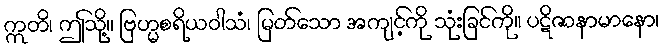
ဣတိ၊ ဤသို့။ ဗြဟ္မစရိယဝါသံ၊ မြတ်သော အကျင့်ကို သုံးခြင်ကို။ ပဋိဇာနာမာနော၊